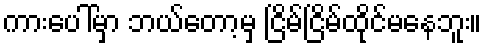
ကားပေါ်မှာ ဘယ်တော့မှ ငြိမ်ငြိမ်ထိုင်မနေဘူး။